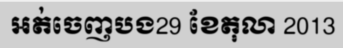
អត់ចេញបង29 ខែតុលា 2013